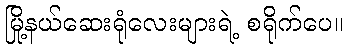
မြို့နယ်ဆေးရုံလေးများရဲ့ စရိုက်ပေ။